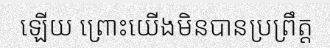
ឡើយ ព្រោះយើងមិនបានប្រព្រឹត្ត